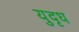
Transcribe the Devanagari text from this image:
युदृध